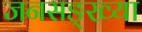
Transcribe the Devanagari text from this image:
जनसङ्ख्या